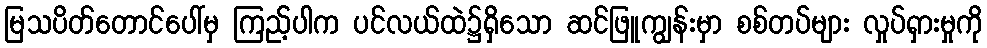
မြသပိတ်တောင်ပေါ်မှ ကြည့်ပါက ပင်လယ်ထဲ၌ရှိသော ဆင်ဖြူကျွန်းမှာ စစ်တပ်များ လှုပ်ရှားမှုကို